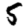
Digit: 5